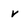
Character: r